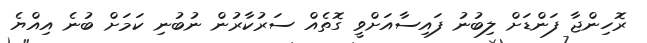
ރޮހިންޖާ ފަންޑަށް ލިބުނު ފައިސާއަށްވީ ގޮތެއް ސަރުކާރުން ނުބުނި ކަމަށް ބުނެ އިއްޔެ